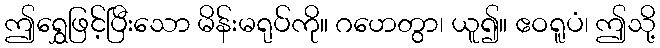
ဤရွှေဖြင့်ပြီးသော မိန်းမရုပ်ကို။ ဂဟေတွာ၊ ယူ၍။ ဧဝရူပံ၊ ဤသို့